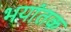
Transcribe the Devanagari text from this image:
भयांतक